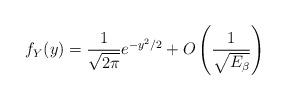
LaTeX: \begin{align*}f_Y(y)=\frac{1}{\sqrt{2 \pi}}e^{-y^2/2} +O\left( \frac{1}{\sqrt{E_\beta}}\right)\end{align*}